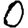
Digit: 0